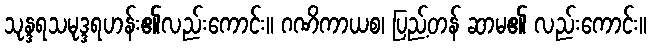
သုန္ဒရသမုဒ္ဒရဟန်း၏လည်းကောင်း။ ဂဏိကာယစ၊ ပြည့်တန် ဆာမ၏ လည်းကောင်း။